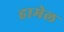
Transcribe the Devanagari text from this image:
हामेल